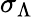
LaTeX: \sigma_{\Lambda}